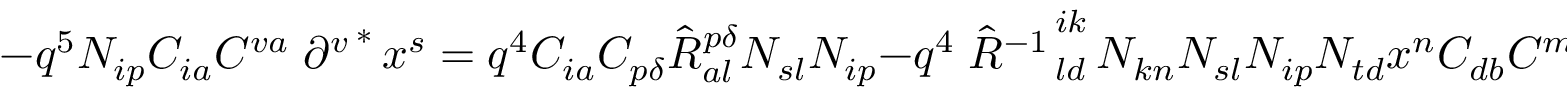
- q ^ { 5 } { \cal N } _ { i p } C _ { i a } C ^ { v a } \left. \partial ^ { v } \right. ^ { * } x ^ { s } = q ^ { 4 } C _ { i a } C _ { p \delta } \hat { \cal R } _ { a l } ^ { p \delta } { \cal N } _ { s l } { \cal N } _ { i p } - q ^ { 4 } \left. \hat { \cal R } ^ { - 1 } \right. _ { l d } ^ { i k } { \cal N } _ { k n } { \cal N } _ { s l } { \cal N } _ { i p } { \cal N } _ { t d } x ^ { n } C _ { d b } C ^ { m b } { \cal N } _ { d t } \left. \partial ^ { m } \right. ^ { * } ~ .